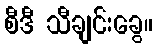
စီဒီ သီချင်းခွေ။